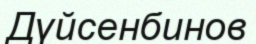
Дүйсенбинов